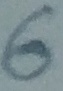
Text: 6